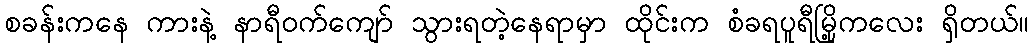
စခန်းကနေ ကားနဲ့ နာရီဝက်ကျော် သွားရတဲ့နေရာမှာ ထိုင်းက စံခရပူရီမြို့ကလေး ရှိတယ်။